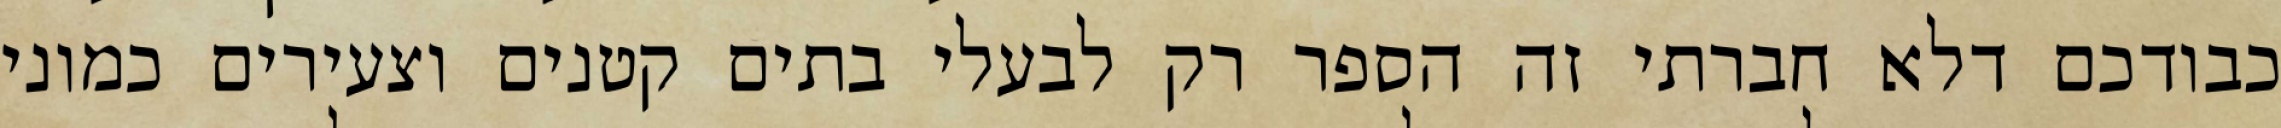
כבודכם דלא חברתי זה הספר רק לבעלי בתים קטנים וצעירים כמוני